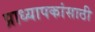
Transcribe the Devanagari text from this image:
प्राध्यापकांसाठी